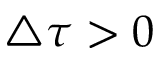
\triangle \tau > 0